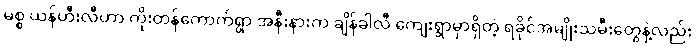
မစ္စ ယန်ဟီးလီဟာ ကိုးတန်ကောက်ရွာ အနီးနားက ချိန်ခါလီ ကျေးရွာမှာရှိတဲ့ ရခိုင်အမျိုးသမီးတွေနဲ့လည်း